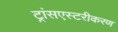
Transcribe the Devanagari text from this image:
ट्रांसएस्टरीकरण